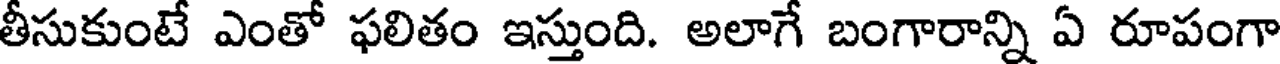
తీసుకుంటే ఎంతో ఫలితం ఇస్తుంది. అలాగే బంగారాన్ని ఏ రూపంగా